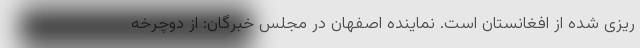
ریزی شده از افغانستان است. نماینده اصفهان در مجلس خبرگان: از دوچرخه